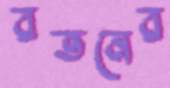
রতনের